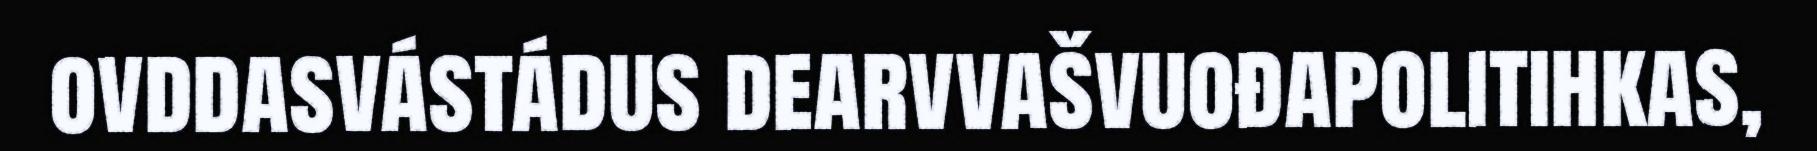
ovddasvástádus dearvvašvuođapolitihkas,